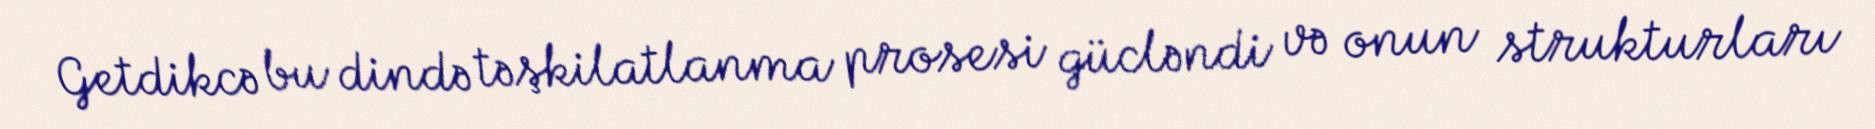
Getdikcə bu dində təşkilatlanma prosesi gücləndi və onun strukturları